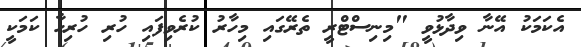
އެކަމަކު އޭނާ ވިދާޅުވީ "މިނިސްޓްރީ ތެރޭގައި މިހާރު ކުރެވިފައި ހުރި ހުރިހާ ކަމަކީ